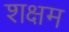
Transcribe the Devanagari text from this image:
शक्षम